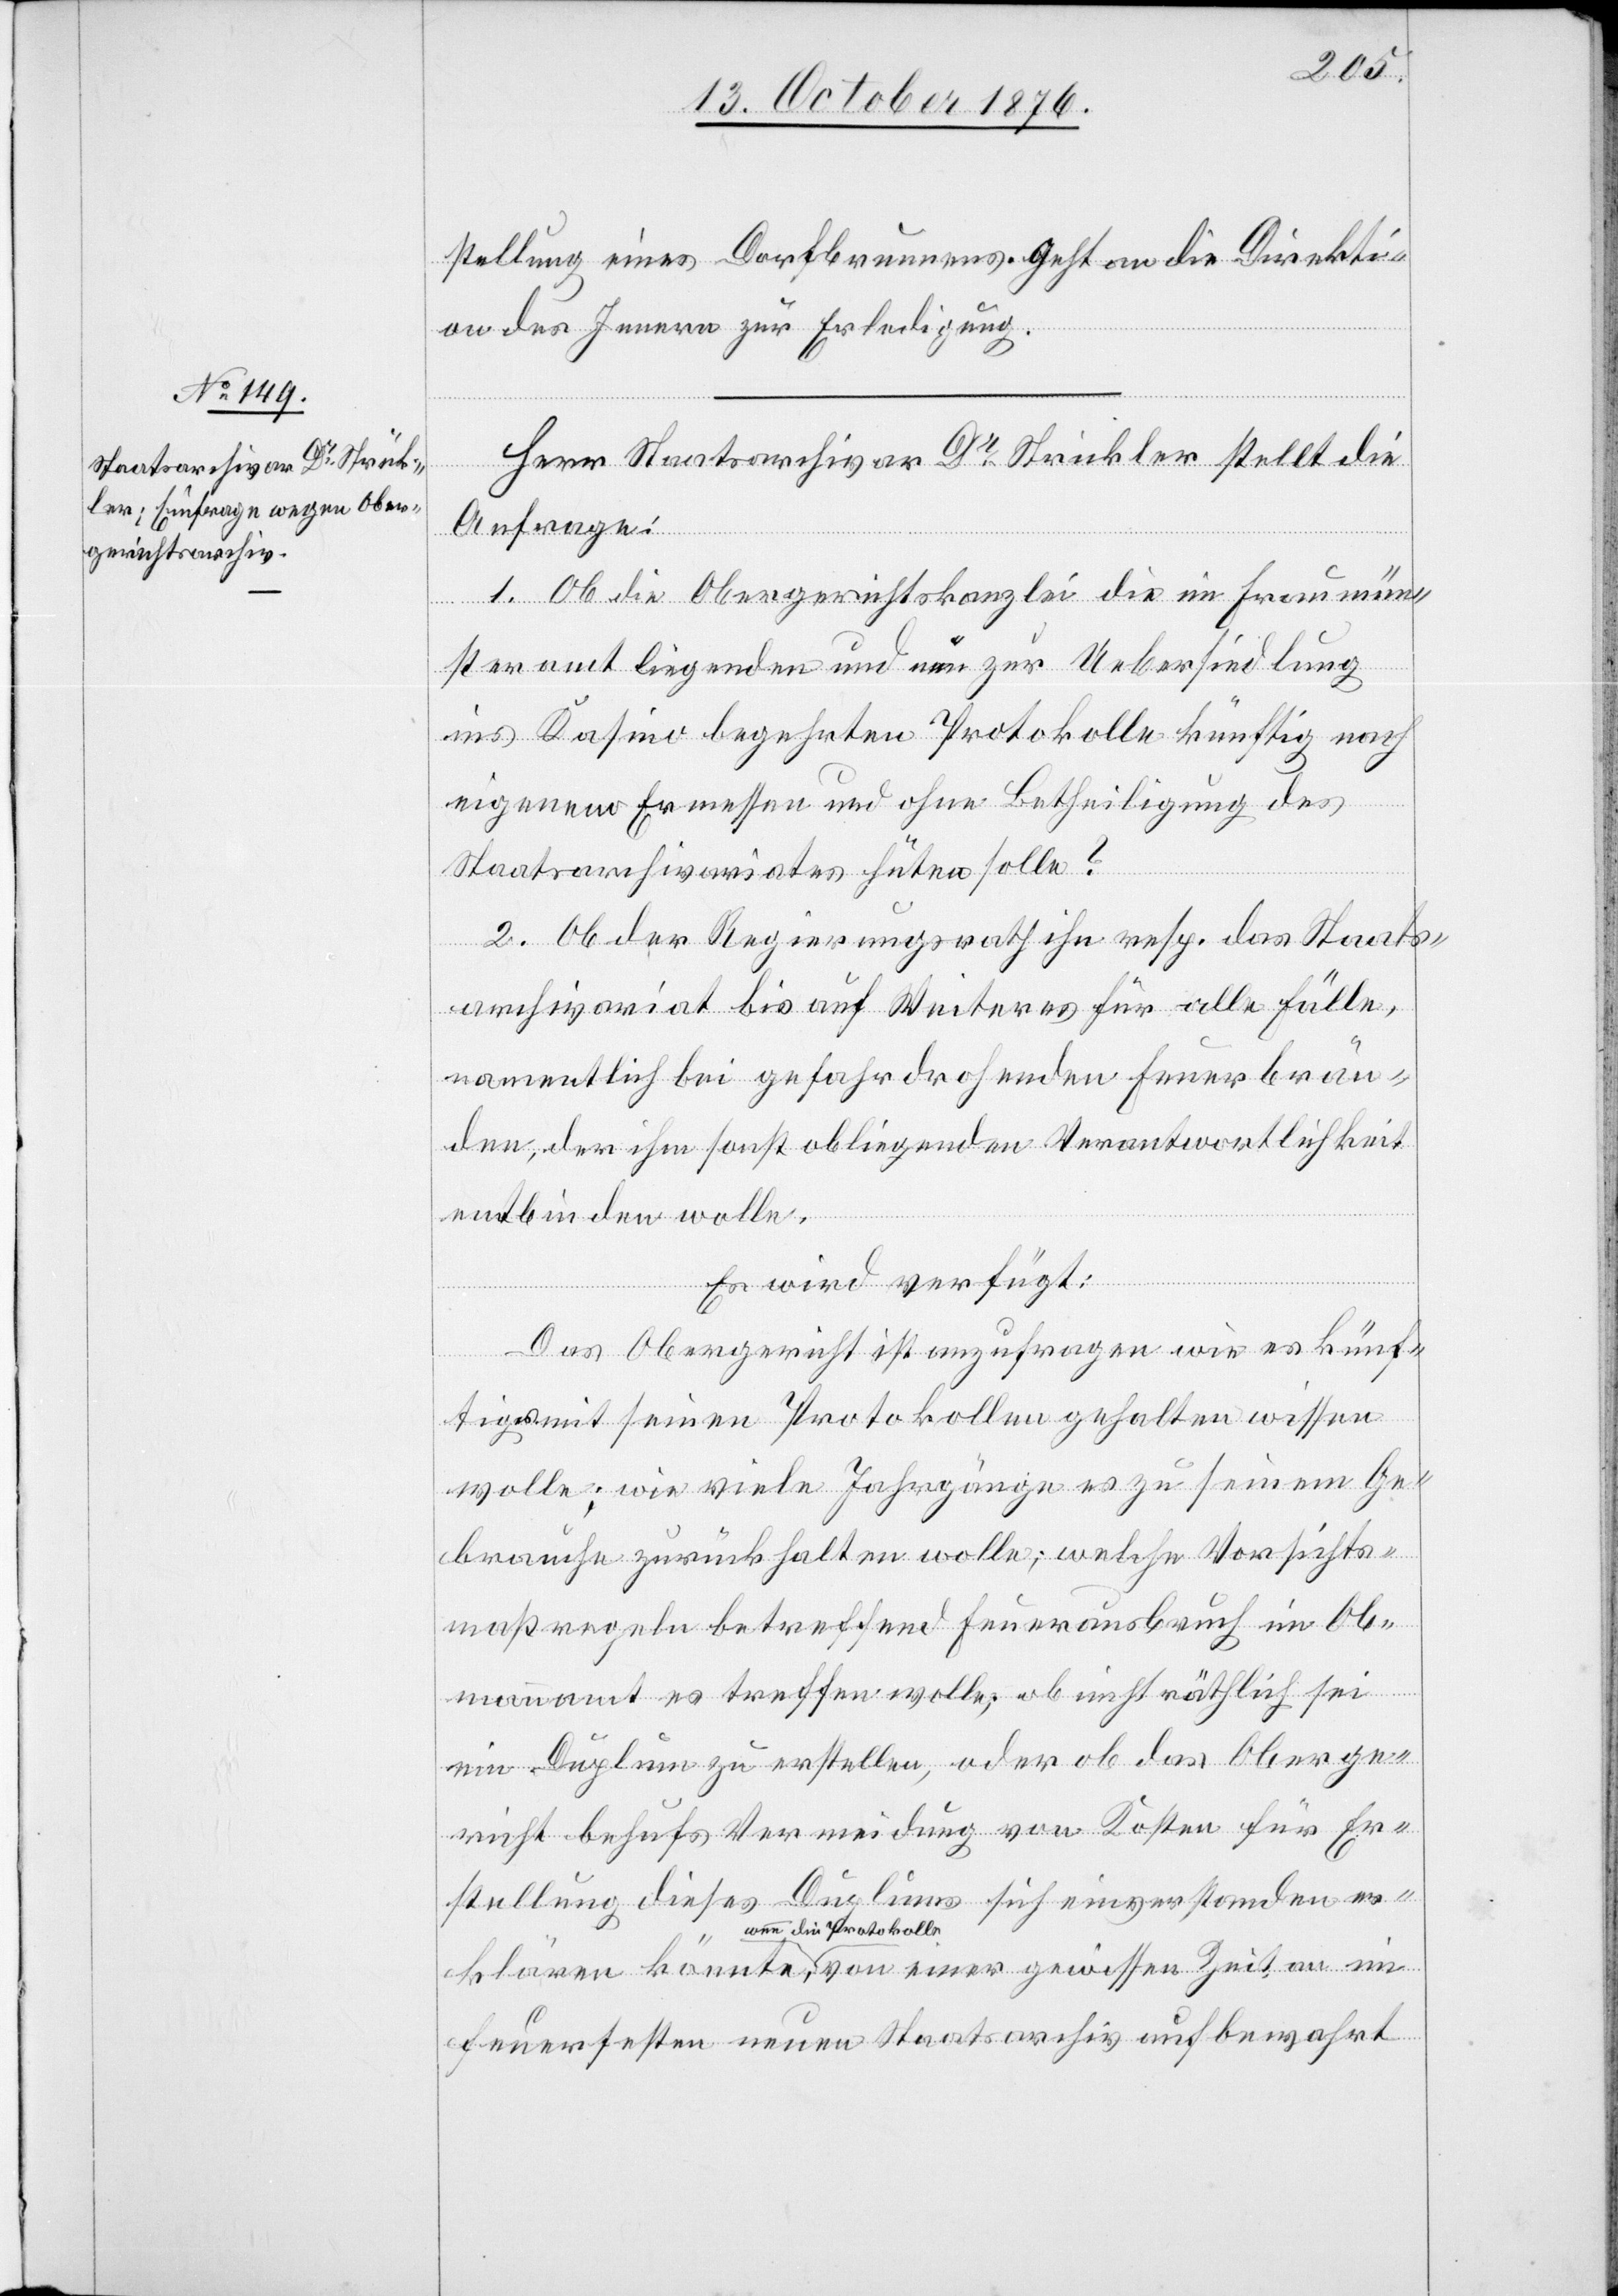
13. October 1876.]
stellung eines Dorfbrunnens. Geht an die Direkti¬
on des Innern zur Erledigung.
Herr Staatsarchivar Dr Strickler stellt die
Anfrage:
1. Ob die Obergerichtskanzlei die im Fraumün¬
an im
steramt liegenden und nun zur Uebersiedlung
ins Kasino begehrten Protokolle künftig nach
eigenem Ermessen und ohne Betheiligung des
Staatsarchivariates hüten solle?
2. Ob der Regierungsrath ihn resp. das Staats¬
archivariat bis auf Weiteres für alle Fälle,
namentlich bei gefahrdrohenden Feuerbrän¬
den, der ihm sonst obliegenden Verantwortlichkeit
entbinden wolle.
Es wird verfügt:
Das Obergericht ist anzufragen wie es künf¬
tiges mit seinen Protokollen gehalten wissen
wolle [sic!]; wie viele Jahrgänge es zu seinem Ge¬
brauche zurückhalten solle; welche Vorsichts¬
maßregeln betreffend Feuerausbruch im Ob¬
Zeit
mannamt es treffend wolle; ob nicht räthlich sei
ein Duplum zu erstellen, oder ob das Oberge¬
richt behufs Vermeidung von Kosten für Er¬
stellung dieses Duplums sich einverstanden er¬
wenn die Protokolle
feuerfesten neuen Staatsarchiv aufbewahrt